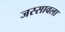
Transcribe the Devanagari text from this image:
जस्सावला